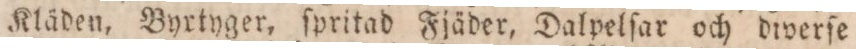
Kläden, Byrtyger, ſpritad Fjäder, Dalpelſar och diverſe